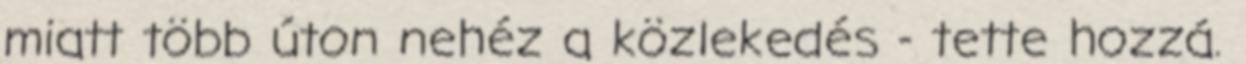
miatt több úton nehéz a közlekedés - tette hozzá.